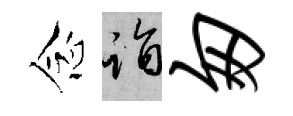
念诣匆